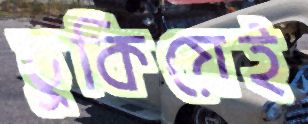
ঢুকিয়েই